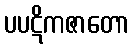
ပပဋိကဇာတော